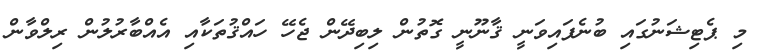
މި ޕެޓިޝަނުގައި ބުނެފައިވަނީ ޤާނޫނީ ގޮތުން ލިބިދޭން ޖެހޭ ހައްޤުތަކާއި އެއްބާރުލުން ރިލްވާން